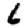
Digit: 6